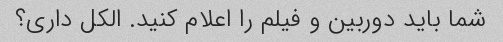
شما باید دوربین و فیلم را اعلام کنید. الکل داری؟